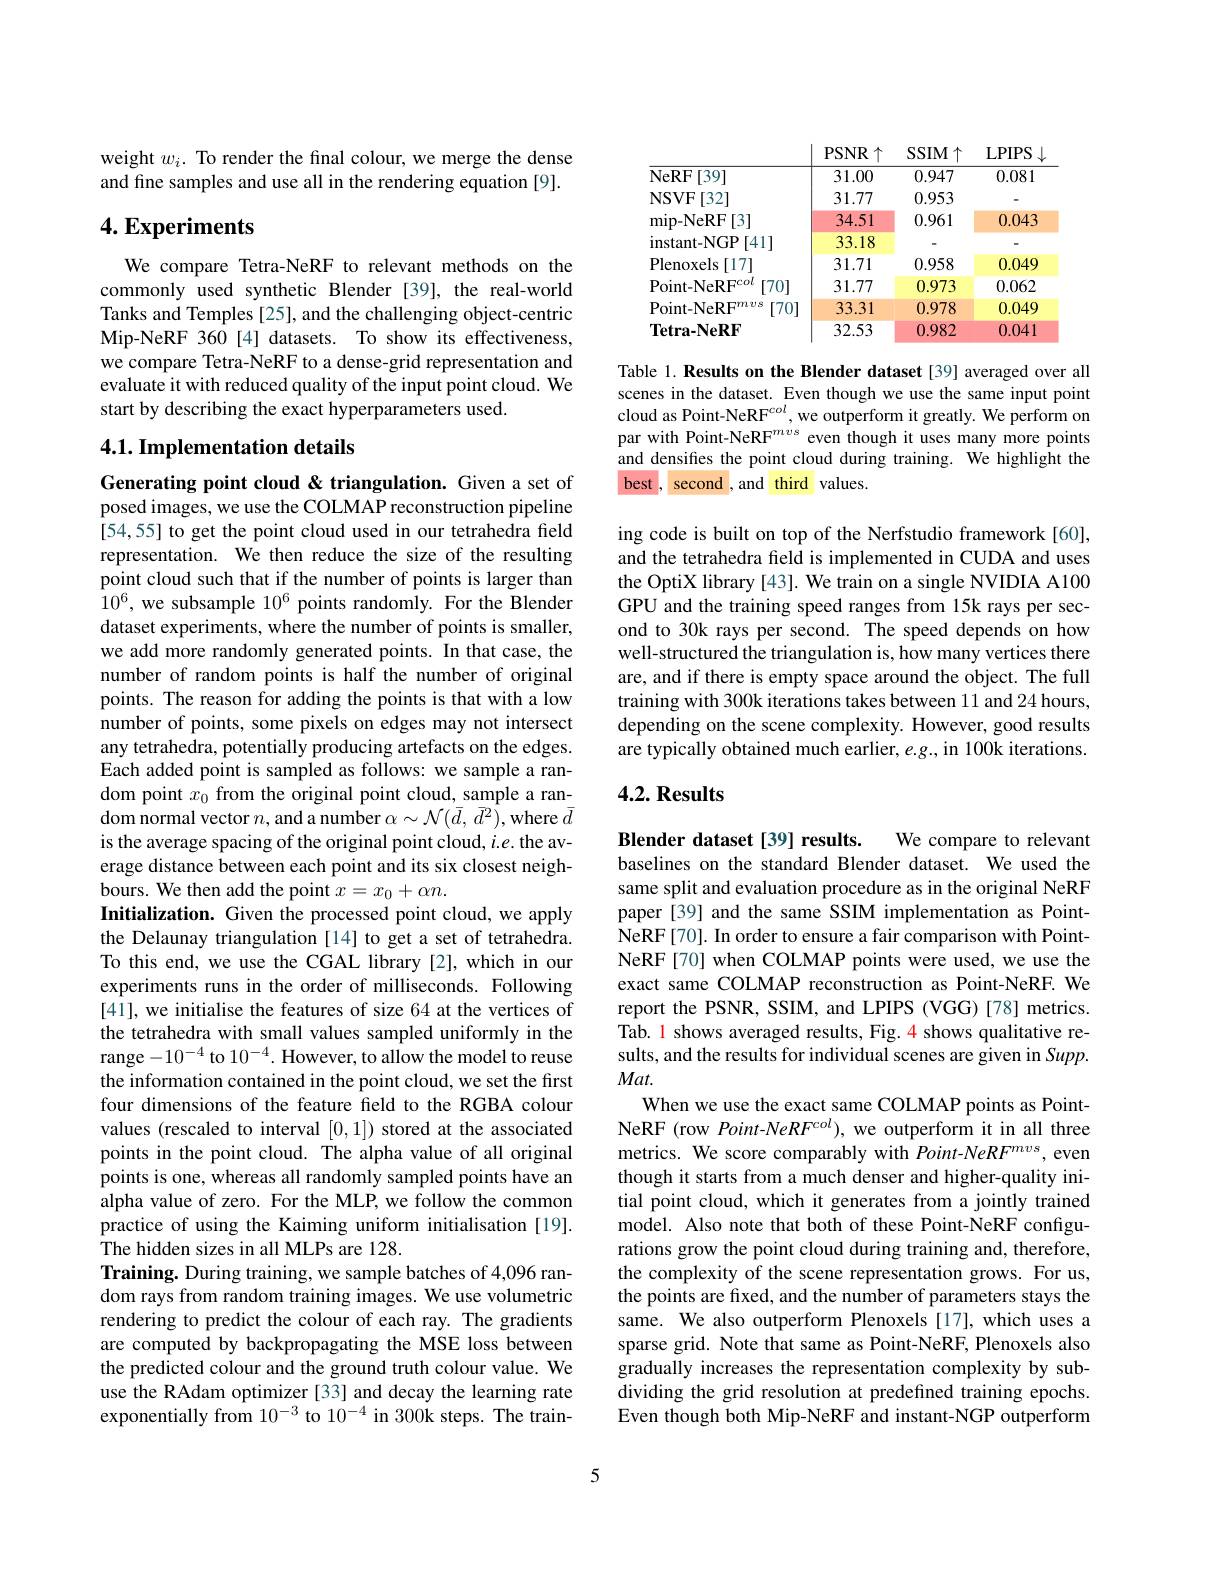
weight $w_i.$ To render the final colour, we merge the dense and fine samples and use all in the rendering equation [9].

## $4. \textbf{Experiments}$

We compare Tetra-NeRF to relevant methods on the commonly used synthetic Blender [39], the real-world Tanks and Temples [25], and the challenging object-centric Mip-NeRF 360[4] datasets. To show its effectiveness we compare Tetra-NeRF to a dense-grid representation and evaluate it with reduced quality of the input point cloud. We start by describing the exact hyperparameters used.

## 4.1. Implementation details

Generating point cloud & triangulation. Given a set of posed images, we use the COLMAP reconstruction pipeline [54,55] to get the point cloud used in our tetrahedra field representation. We then reduce the size of the resulting point cloud such that if the number of points is larger than $10^6$, we subsample $10^6$ points randomly. For the Blender dataset experiments, where the number of points is smaller, we add more randomly generated points. In that case, the number of random points is half the number of original points. The reason for adding the points is that with a low number of points, some pixels on edges may not intersect any tetrahedra, potentially producing artefacts on the edges. Each added point is sampled as follows: we sample a random point $x_0$ from the original point cloud, sample a ran- $\operatorname{dom}$ normal vector $n$, and a number $\alpha\sim\mathcal{N}(\bar{d},\bar{d^2})$,where $\bar{d}$ is the average spacing of the original point cloud, $i.e.$ the average distance between each point and its six closest neighbours. We then add the point $x=x_0+\alpha n.$
Initialization. Given the processed point cloud, we apply the Delaunay triangulation [14] to get a set of tetrahedra. To this end, we use the CGAL library [2], which in our experiments runs in the order of milliseconds. Following [41], we initialise the features of size 64 at the vertices of the tetrahedra with small values sampled uniformly in the range$-10^{-4}$ to $10^{-4}.$ However, to allow the model to reuse the information contained in the point cloud, we set the first four dimensions of the feature field to the RGBA colour values (rescaled to interval [0,1]) stored at the associated points in the point cloud. The alpha value of all original points is one, whereas all randomly sampled points have an alpha value of zero. For the MLP, we follow the common practice of using the Kaiming uniform initialisation [19]. The hidden sizes in all MLPs are 128.
Training. During training, we sample batches of 4,096 random rays from random training images. We use volumetric rendering to predict the colour of each ray. The gradients are computed by backpropagating the MSE loss between the predicted colour and the ground truth colour value. We use the RAdam optimizer [33] and decay the learning rate exponentially from $10^{-3}$ to $10^{-4}$ in 300k steps. The train-

<table>
	<tbody>
		<tr>
			<th> </th>
			<th>PSNR R个</th>
			<th>$SSIM\uparrow$</th>
			<th>LPIPS</th>
		</tr>
		<tr>
			<td>NeRF [39]</td>
			<td>31.00</td>
			<td>0.947</td>
			<td>0.081</td>
		</tr>
		<tr>
			<td>NSVF [32] </td>
			<td>31.77</td>
			<td>0.953</td>
			<td> </td>
		</tr>
		<tr>
			<td>mip-NeRF [3]</td>
			<td>34.51</td>
			<td>0.961</td>
			<td>0.043</td>
		</tr>
		<tr>
			<td>instant-NGP [41]</td>
			<td>33.18</td>
			<td> </td>
			<td> </td>
		</tr>
		<tr>
			<td>Plenoxels $s[17]$</td>
			<td>31.71</td>
			<td>0.958</td>
			<td>0.049</td>
		</tr>
		<tr>
			<td>$Point-NeRF^{col}$ [70]</td>
			<td>31.77</td>
			<td>0.973</td>
			<td>0.062</td>
		</tr>
		<tr>
			<td>$\mathrm{Point-NeRF}^{mvs}$ [70]</td>
			<td>33.31</td>
			<td>0.978</td>
			<td>0.049</td>
		</tr>
		<tr>
			<td>$\mathbf{Tetra-NeRF}$</td>
			<td>32.53</td>
			<td>0.982</td>
			<td>0.041</td>
		</tr>
	</tbody>
</table>

Table 1. Results on the Blender dataset [39] averaged over all scenes in the dataset. Even though we use the same input point cloud as Point-NeRF$^{col}$,we outperform it greatly. We perform on par with Point-NeRF$^mvs$ even though it uses many more points and densifies the point cloud during training. We highlight the best, second , and third values.

ing code is built on top of the Nerfstudio framework [60], and the tetrahedra field is implemented in CUDA and uses the OptiX library [43]. We train on a single NVIDIA A100 GPU and the training speed ranges from 15k rays per second to 30k rays per second. The speed depends on how well-structured the triangulation is, how many vertices there are, and if there is empty space around the object. The full training with 300k iterations takes between 11 and 24 hours, depending on the scene complexity. However, good results are typically obtained much earlier, e.g., in 100k iterations.

## $4. 2. \textbf{Results}$

Blender dataset[39] results.
We compare to relevant
baselines on the standard Blender dataset. We used the same split and evaluation procedure as in the original NeRF paper [39] and the same SSIM implementation as PointNeRF[70]. In order to ensure a fair comparison with PointNeRF[70] when COLMAP points were used, we use the exact same COLMAP reconstruction as Point-NeRF. We report the PSNR, SSIM, and LPIPS (VGG)[78] metrics. Tab. l shows averaged results, Fig. 4 shows qualitative results, and the results for individual scenes are given in Supp. $Mat.$
When we use the exact same COLMAP points as PointNeRF (row Point-NeRFcol),we outperform it in all three metrics. We score comparably with Point-NeRF"vs, even though it starts from a much denser and higher-quality initial point cloud, which it generates from a jointly trained model. Also note that both of these Point-NeRF configurations grow the point cloud during training and, therefore, the complexity of the scene representation grows. For us, the points are fixed, and the number of parameters stays the same. We also outperform Plenoxels [17], which uses a sparse grid. Note that same as Point-NeRF, Plenoxels also gradually increases the representation complexity by subdividing the grid resolution at predefined training epochs. Even though both Mip-NeRF and instant-NGP outperform

5